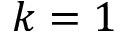
k = 1